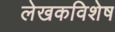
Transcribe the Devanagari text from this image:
लेखकविशेष